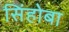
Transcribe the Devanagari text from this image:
सिंहोबा